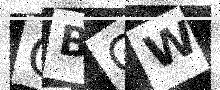
Text: CBGW